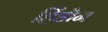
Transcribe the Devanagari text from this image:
हिंडौन